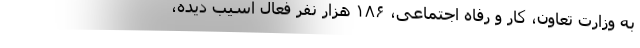
به وزارت تعاون، کار و رفاه اجتماعی، ۱۸۶ هزار نفر فعال آسیب دیده،